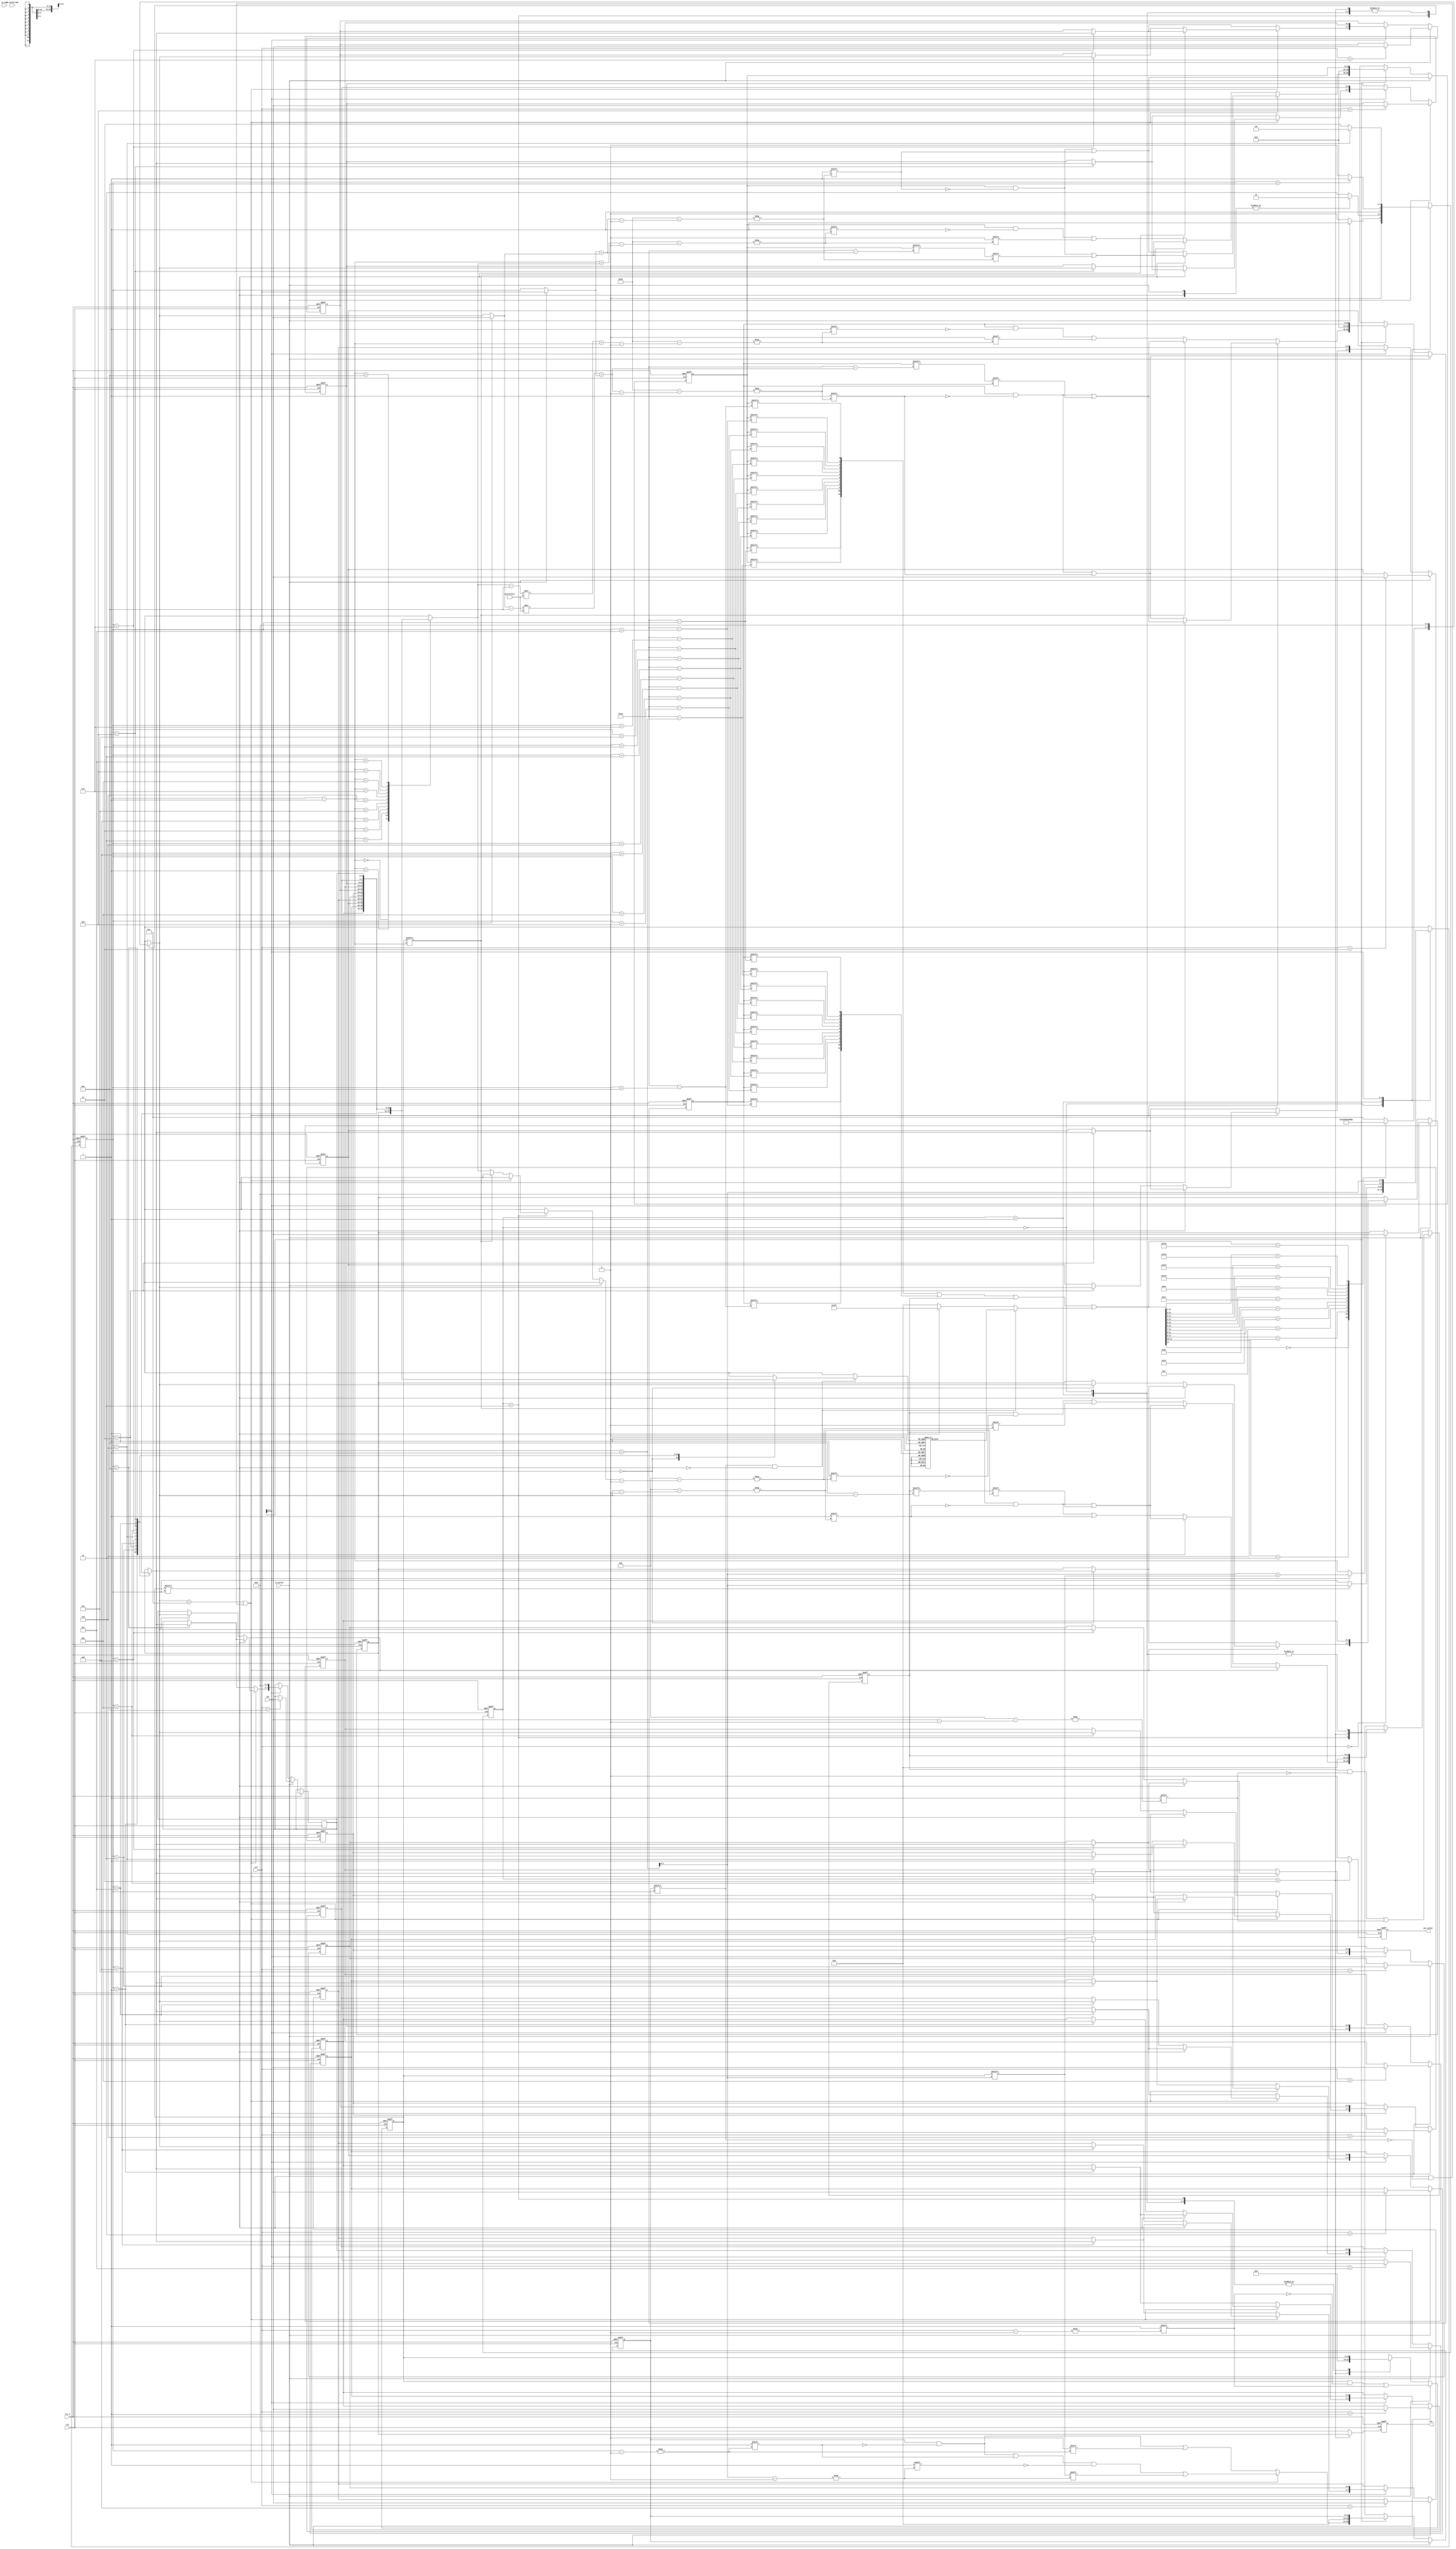
module QUEEN(
    //Input Port
    clk,
    rst_n,

    in_valid,
    col,
    row,

    in_valid_num,
    in_num,

    out_valid,
    out,

    );

input               clk, rst_n, in_valid,in_valid_num;
input       [3:0]   col,row;
input       [2:0]   in_num;

output reg          out_valid;
output reg  [3:0]   out;

//==============================================//
//             Parameter and Integer            //
//==============================================//
parameter s_idle = 2'd0; 
parameter s_input = 2'd1;
parameter s_find_row = 2'd2;
parameter s_output = 2'd3; 
//==============================================//
//                 reg declaration              //
//==============================================//
reg [1:0] current_state, next_state;

reg [3:0] ans_row_position [11:0];
reg [15:0] fixed_col_flag;
reg [0:11] fixed_row_flag;       //inverse bit
reg [11:0] testing;

reg [3:0] col_pointer_comb, col_pointer;
reg [3:0] row_pointer_comb, row_pointer;

wire  [3:0] col_pointer_comb_sub1, col_pointer_comb_plus;

wire [3:0] row_pointer_comb_sub1;
wire [1:0] input_change_condition;

reg [0:22] lu_ram, rd_ram;      
wire [0:11] lu_ram_mask, rd_ram_mask, dia_mask, ternary_mask; //inverse bit
reg [0:11]  record_mask;                                     //inverse bit
wire [4:0] lu_pointer, lu_pointer2;//,lu_pointer_input;

wire signed [4:0]  rd_pointer_temp, rd_pointer_temp_in;
//wire signed [4:0]  rd_pointer_temp_input, rd_pointer_temp_in_input;
wire signed [4:0]  rd_pointer_temp2, rd_pointer_temp_in2;
wire [4:0] rd_pointer, rd_pointer2;//, rd_pointer_input;
wire [3:0] dia_col, dia_row;
//wire [3:0] dia_col_input, dia_row_input;

//==============================================//
//            FSM State Declaration             //
//==============================================//

//OUTPUT control
always @(posedge clk or negedge rst_n) begin
    if(!rst_n)                          out <= 'd0;
    else if(current_state==s_output)    out <= ans_row_position[0];
    else                                out <= 'd0;
end
always @(posedge clk or negedge rst_n) begin
    if(!rst_n)                         out_valid <= 'd0;
    else if(current_state==s_output)   out_valid <= 'd1;
    else                               out_valid <= 'd0;
end
//Current_state
always @(posedge clk or negedge rst_n) begin
    if(!rst_n)  current_state <= s_idle;
    else        current_state <= next_state;
end
//Next:_state
assign input_change_condition = {in_valid, fixed_col_flag[col_pointer]};
always @(*) begin
    case(current_state)
    s_idle: if(in_valid) next_state = s_input;
            else         next_state = s_idle;
    s_input: if(~(|input_change_condition))  next_state = s_find_row;
             else                            next_state = s_input;
    s_find_row: if(col_pointer>'d11)    next_state = s_output;
                else                    next_state = s_find_row;
    s_output: if(col_pointer=='d6) next_state = s_idle;
              else                 next_state = s_output;
    default:  next_state = current_state;
    endcase
end

//some extras shared wire
assign col_pointer_comb_sub1 = col_pointer - 'd1;
assign col_pointer_comb_plus = col_pointer + 'd1;
assign row_pointer_comb_sub1 = ans_row_position[col_pointer_comb_sub1];

// Input: ram pointer
/*
assign dia_col_input = col;
assign dia_row_input = row;
assign lu_pointer_input = dia_col_input + dia_row_input;
assign rd_pointer_temp_input = $signed({2'b0,dia_row_input}) - 'd11;
assign rd_pointer_temp_in_input = rd_pointer_temp_input * -'d1;
assign rd_pointer_input = $unsigned(rd_pointer_temp_in_input) + dia_col_input;
*/
// Process: ram pointer
assign dia_col = (in_valid)?col:col_pointer;
assign dia_row = (in_valid)?row:row_pointer_comb;
assign lu_pointer = dia_col + dia_row;
assign rd_pointer_temp = $signed({2'b0,dia_row})- 'd11;
assign rd_pointer_temp_in = rd_pointer_temp * -'d1;
assign rd_pointer = $unsigned(rd_pointer_temp_in) + dia_col;

// Backtracing: ram pointer
assign lu_pointer2 = col_pointer_comb_sub1 + row_pointer_comb_sub1;
assign rd_pointer_temp2 = $signed({1'b0, row_pointer_comb_sub1}) - 'd11;
assign rd_pointer_temp_in2 = rd_pointer_temp2 * -'d1;
assign rd_pointer2 = $unsigned(rd_pointer_temp_in2) + col_pointer_comb_sub1;

// Masks: lu_ram, rd_ram, dia, ternary(above three), record

assign lu_ram_mask = {lu_ram[col_pointer], lu_ram[col_pointer+'d1], lu_ram[col_pointer+'d2], lu_ram[col_pointer+'d3],
                lu_ram[col_pointer+'d4], lu_ram[col_pointer+'d5], lu_ram[col_pointer+'d6], lu_ram[col_pointer+'d7],
                lu_ram[col_pointer+'d8], lu_ram[col_pointer+'d9], lu_ram[col_pointer+'d10], lu_ram[col_pointer+'d11]};
assign rd_ram_mask = {rd_ram[col_pointer+'d11], rd_ram[col_pointer+'d10], rd_ram[col_pointer+'d9], rd_ram[col_pointer+'d8],
                rd_ram[col_pointer+'d7], rd_ram[col_pointer+'d6], rd_ram[col_pointer+'d5], rd_ram[col_pointer+'d4],
                rd_ram[col_pointer+'d3], rd_ram[col_pointer+'d2], rd_ram[col_pointer+'d1], rd_ram[col_pointer]};

assign dia_mask = lu_ram_mask | rd_ram_mask;
assign ternary_mask = dia_mask | fixed_row_flag | record_mask;
always @(*) begin
    if (testing[col_pointer]&(~fixed_col_flag[col_pointer]))begin
        case({ans_row_position[col_pointer]})
            4'd0:       record_mask = 12'b1000_0000_0000;
            4'd1:       record_mask = 12'b1100_0000_0000;
            4'd2:       record_mask = 12'b1110_0000_0000;
            4'd3:       record_mask = 12'b1111_0000_0000;

            4'd4:       record_mask = 12'b1111_1000_0000;
            4'd5:       record_mask = 12'b1111_1100_0000;
            4'd6:       record_mask = 12'b1111_1110_0000;
            4'd7:       record_mask = 12'b1111_1111_0000;
            
            4'd8:       record_mask = 12'b1111_1111_1000;
            4'd9:       record_mask = 12'b1111_1111_1100;
            4'd10:      record_mask = 12'b1111_1111_1110;
            4'd11:      record_mask = 12'b1111_1111_1111;
            4'd12,4'd13,4'd14,4'd15:
                        record_mask = 12'b0;
            default:    record_mask = 12'b0;
        endcase
    end
    else begin
        if(fixed_col_flag[col_pointer])    record_mask = 12'b1111_1111_1111;
        else                               record_mask = 12'b0000_0000_0000;
    end
end 
//Combinational-pointer reg

always @(posedge clk or negedge rst_n) begin
    if(!rst_n)  col_pointer <= 'd0;
    else        col_pointer <= col_pointer_comb;
end

always @(posedge clk or negedge rst_n) begin
    if(!rst_n)  row_pointer <= 'd0;
    else row_pointer <= row_pointer_comb;
end

//Combinational-pointer ctr
always @(*) begin
    case(current_state)
    s_idle: row_pointer_comb = 'b0;
    s_input: row_pointer_comb = 'b0;
    s_find_row:begin
        casex(ternary_mask)
            12'b0xxx_xxxx_xxxx: row_pointer_comb = 'b0;
            12'b10xx_xxxx_xxxx: row_pointer_comb = 'd1;
            12'b110x_xxxx_xxxx: row_pointer_comb = 'd2;
            12'b1110_xxxx_xxxx: row_pointer_comb = 'd3;

            12'b1111_0xxx_xxxx: row_pointer_comb = 'd4;
            12'b1111_10xx_xxxx: row_pointer_comb = 'd5;
            12'b1111_110x_xxxx: row_pointer_comb = 'd6;
            12'b1111_1110_xxxx: row_pointer_comb = 'd7;

            12'b1111_1111_0xxx: row_pointer_comb = 'd8;
            12'b1111_1111_10xx: row_pointer_comb = 'd9;
            12'b1111_1111_110x: row_pointer_comb = 'd10;
            12'b1111_1111_1110: row_pointer_comb = 'd11;
            default: row_pointer_comb = 'd12;
        endcase
    end
    s_output:   row_pointer_comb = 'b0;
    default:    row_pointer_comb = row_pointer;
    endcase
end

always @(*) begin
    case(current_state)
    s_idle:     col_pointer_comb = 'b0;
    s_input:    if(fixed_col_flag[col_pointer])    col_pointer_comb = col_pointer_comb_plus;
                else                               col_pointer_comb = col_pointer;
    s_find_row: if(((row_pointer_comb<'d12))|((fixed_col_flag[col_pointer])&(~testing[col_pointer]))) col_pointer_comb = col_pointer_comb_plus + fixed_col_flag[col_pointer_comb_plus]; //(the later)for jump over fixed col.
                else                                                                                  col_pointer_comb = col_pointer_comb_sub1;
    s_output:   col_pointer_comb = col_pointer_comb_plus;
    default:    col_pointer_comb = col_pointer;
    endcase
end
//==============================================//
//            Input and Store Block             //
//==============================================//

always@(posedge clk or negedge rst_n)begin
    if(!rst_n)begin
        ans_row_position[10] <= 'd0;    ans_row_position[9] <= 'd0;     ans_row_position[8] <= 'd0;
        ans_row_position[7] <= 'd0;     ans_row_position[6] <= 'd0;     ans_row_position[5] <= 'd0;
        ans_row_position[4] <= 'd0;     ans_row_position[3] <= 'd0;     ans_row_position[2] <= 'd0;
        ans_row_position[1] <= 'd0;     ans_row_position[0] <= 'd0;

        fixed_row_flag <= 'd0; 
        fixed_col_flag <= 'd0;    
        testing <= 'd0;
        lu_ram <= 'd0;
        rd_ram <= 'd0;
    end
    else if(in_valid)begin
        ans_row_position[col] <= row;
        fixed_col_flag[col] <= 'd1; //span in x-direction.
        fixed_row_flag[row] <= 'd1; //span in y-direction.
        //lu_ram[lu_pointer_input] <= 'd1;
        //rd_ram[rd_pointer_input] <= 'd1;
        lu_ram[lu_pointer] <= 'd1;
        rd_ram[rd_pointer] <= 'd1;
    end
    else begin
        case(current_state)
            s_find_row:begin
                // Forwarding
                if(((row_pointer_comb<'d12))|((fixed_col_flag[col_pointer])&(~testing[col_pointer]))) begin
                    testing[col_pointer] <= 'd1;
                    testing[col_pointer_comb_plus] <= fixed_col_flag[col_pointer_comb_plus];    //for jump over fixed col.
                    if(fixed_col_flag[col_pointer])begin
                        ans_row_position[col_pointer] <= ans_row_position[col_pointer] ;
                        fixed_row_flag[row_pointer_comb]<=fixed_row_flag[row_pointer_comb];
                        lu_ram[lu_pointer] <= lu_ram[lu_pointer];
                        rd_ram[rd_pointer] <= rd_ram[rd_pointer];
                    end
                    else begin
                        ans_row_position[col_pointer] <= row_pointer_comb;
                        fixed_row_flag[row_pointer_comb]<='d1;
                        lu_ram[lu_pointer] <= 'd1;
                        rd_ram[rd_pointer] <= 'd1;
                    end
                end
                // Back tracing
                else begin
                    ans_row_position[col_pointer] <= ans_row_position[col_pointer] ;
                    testing[col_pointer] <= 'd0;
                    if(fixed_col_flag[col_pointer_comb_sub1])begin
                        fixed_row_flag[row_pointer_comb]<=fixed_row_flag[row_pointer_comb];
                        lu_ram[lu_pointer] <= lu_ram[lu_pointer];
                        rd_ram[rd_pointer] <= rd_ram[rd_pointer];
                    end
                    else begin
                        fixed_row_flag[ans_row_position[col_pointer_comb_sub1]] <='d0;
                        lu_ram[lu_pointer2] <= 'd0;
                        rd_ram[rd_pointer2] <= 'd0;
                    end
                end
            end
            s_output: begin
                ans_row_position[11] <= 'd0;
                ans_row_position[10] <= ans_row_position[11];       ans_row_position[9] <= ans_row_position[10];        ans_row_position[8] <= ans_row_position[9];
                ans_row_position[7] <= ans_row_position[8];         ans_row_position[6] <= ans_row_position[7];         ans_row_position[5] <= ans_row_position[6];
                ans_row_position[4] <= ans_row_position[5];         ans_row_position[3] <= ans_row_position[4];         ans_row_position[2] <= ans_row_position[3]; 
                ans_row_position[1] <= ans_row_position[2];         ans_row_position[0] <= ans_row_position[1];

                fixed_row_flag<= 'd0; 
                fixed_col_flag<='d0;    
                testing <= 'd0;
                lu_ram <= 'd0;
                rd_ram <= 'd0;
            end
            s_idle,s_input:begin
                ans_row_position[11] <= ans_row_position[11];
                ans_row_position[10] <= ans_row_position[10];   ans_row_position[9] <= ans_row_position[9];     ans_row_position[8] <= ans_row_position[8];
                ans_row_position[7] <= ans_row_position[7];     ans_row_position[6] <= ans_row_position[6];     ans_row_position[5] <= ans_row_position[5];
                ans_row_position[4] <= ans_row_position[4];     ans_row_position[3] <= ans_row_position[3];     ans_row_position[2] <= ans_row_position[2];
                ans_row_position[1] <= ans_row_position[1];     ans_row_position[0] <= ans_row_position[0];

                fixed_row_flag<= fixed_row_flag; 
                fixed_col_flag<=fixed_col_flag;    
                testing <= testing;
                lu_ram <= lu_ram;
                rd_ram <= rd_ram;
            end
            default:begin
                ans_row_position[11] <= ans_row_position[11];
                ans_row_position[10] <= ans_row_position[10];   ans_row_position[9] <= ans_row_position[9];     ans_row_position[8] <= ans_row_position[8];
                ans_row_position[7] <= ans_row_position[7];     ans_row_position[6] <= ans_row_position[6];     ans_row_position[5] <= ans_row_position[5];
                ans_row_position[4] <= ans_row_position[4];     ans_row_position[3] <= ans_row_position[3];     ans_row_position[2] <= ans_row_position[2];
                ans_row_position[1] <= ans_row_position[1];     ans_row_position[0] <= ans_row_position[0];

                fixed_row_flag<= fixed_row_flag; 
                fixed_col_flag<=fixed_col_flag;    
                testing <= testing;
                lu_ram <= lu_ram;
                rd_ram <= rd_ram;
            end
        endcase
    end
end
//GOOD LUCKY
endmodule